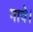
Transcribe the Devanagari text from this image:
गावे।